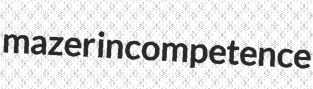
mazer incompetence